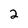
Character: 2